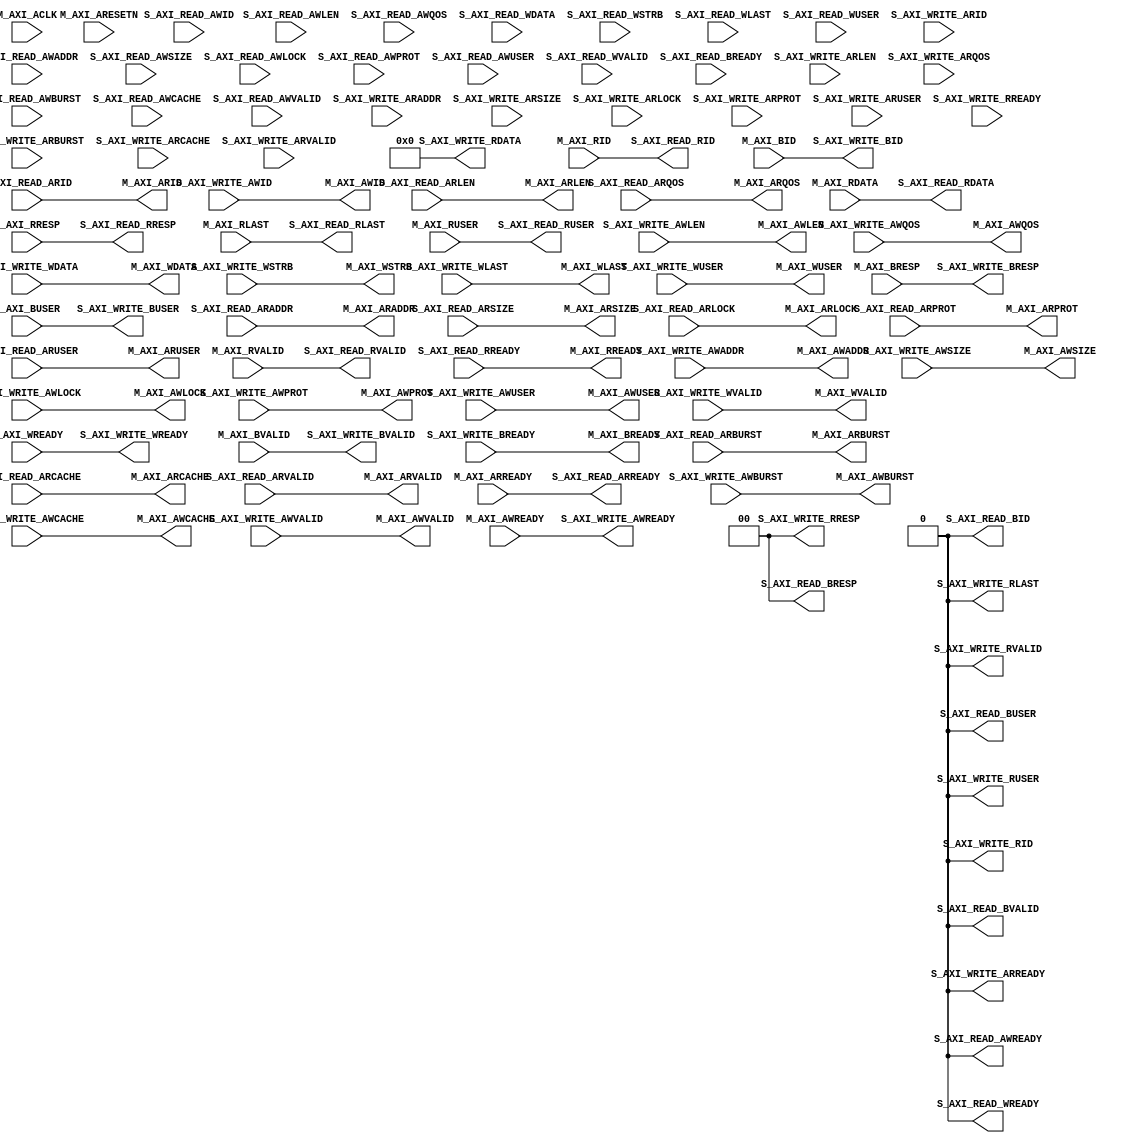
/*
 * StreamIF - AXI4 Memory Mapped to AXI4 Stream Interface Library
 * Copyright (C) 2017 Taner Guven <tanerguven@gmail.com>
 *
 * This library is free software; you can redistribute it and/or
 * modify it under the terms of the GNU Lesser General Public
 * License as published by the Free Software Foundation; either
 * version 2.1 of the License, or (at your option) any later version.
 *
 * This library is distributed in the hope that it will be useful,
 * but WITHOUT ANY WARRANTY; without even the implied warranty of
 * MERCHANTABILITY or FITNESS FOR A PARTICULAR PURPOSE.  See the GNU
 * Lesser General Public License for more details.
 *
 * You should have received a copy of GNU Lesser General Public License
 * along with this library. If not, see <http://www.gnu.org/licenses/>.
 */
module axi4_read_write_merge #
  (
   parameter  C_M_TARGET_SLAVE_BASE_ADDR = 32'h00000000,
   // Burst Length. Supports 4, 8, 16, 32, 64, 128, 256 burst lengths
   parameter integer C_M_AXI_BURST_LEN = 4,
   parameter integer C_M_AXI_ID_WIDTH = 1,
   parameter integer C_M_AXI_ADDR_WIDTH = 32,
   parameter integer C_M_AXI_DATA_WIDTH = 32,
   parameter integer C_M_AXI_AWUSER_WIDTH = 1,
   parameter integer C_M_AXI_ARUSER_WIDTH = 1,
   parameter integer C_M_AXI_WUSER_WIDTH = 1,
   parameter integer C_M_AXI_RUSER_WIDTH = 1,
   parameter integer C_M_AXI_BUSER_WIDTH = 1
   )
  (

   // output wire         S_AXI_READ_ACLK,
   // output wire         S_AXI_READ_ARESETN,
   input wire [C_M_AXI_ID_WIDTH-1 : 0]      S_AXI_READ_AWID,
   input wire [C_M_AXI_ADDR_WIDTH-1 : 0]    S_AXI_READ_AWADDR,
   input wire [7 : 0]                       S_AXI_READ_AWLEN,
   input wire [2 : 0]                       S_AXI_READ_AWSIZE,
   input wire [1 : 0]                       S_AXI_READ_AWBURST,
   input wire                               S_AXI_READ_AWLOCK,
   input wire [3 : 0]                       S_AXI_READ_AWCACHE,
   input wire [2 : 0]                       S_AXI_READ_AWPROT,
   input wire [3 : 0]                       S_AXI_READ_AWQOS,
   input wire [C_M_AXI_AWUSER_WIDTH-1 : 0]  S_AXI_READ_AWUSER,
   input wire                               S_AXI_READ_AWVALID,
   output wire                              S_AXI_READ_AWREADY,
   input wire [C_M_AXI_DATA_WIDTH-1 : 0]    S_AXI_READ_WDATA,
   input wire [C_M_AXI_DATA_WIDTH/8-1 : 0]  S_AXI_READ_WSTRB,
   input wire                               S_AXI_READ_WLAST,
   input wire [C_M_AXI_WUSER_WIDTH-1 : 0]   S_AXI_READ_WUSER,
   input wire                               S_AXI_READ_WVALID,
   output wire                              S_AXI_READ_WREADY,
   output wire [C_M_AXI_ID_WIDTH-1 : 0]     S_AXI_READ_BID,
   output wire [1 : 0]                      S_AXI_READ_BRESP,
   output wire [C_M_AXI_BUSER_WIDTH-1 : 0]  S_AXI_READ_BUSER,
   output wire                              S_AXI_READ_BVALID,
   input wire                               S_AXI_READ_BREADY,
   input wire [C_M_AXI_ID_WIDTH-1 : 0]      S_AXI_READ_ARID,
   input wire [C_M_AXI_ADDR_WIDTH-1 : 0]    S_AXI_READ_ARADDR,
   input wire [7 : 0]                       S_AXI_READ_ARLEN,
   input wire [2 : 0]                       S_AXI_READ_ARSIZE,
   input wire [1 : 0]                       S_AXI_READ_ARBURST,
   input wire                               S_AXI_READ_ARLOCK,
   input wire [3 : 0]                       S_AXI_READ_ARCACHE,
   input wire [2 : 0]                       S_AXI_READ_ARPROT,
   input wire [3 : 0]                       S_AXI_READ_ARQOS,
   input wire [C_M_AXI_ARUSER_WIDTH-1 : 0]  S_AXI_READ_ARUSER,
   input wire                               S_AXI_READ_ARVALID,
   output wire                              S_AXI_READ_ARREADY,
   output wire [C_M_AXI_ID_WIDTH-1 : 0]     S_AXI_READ_RID,
   output wire [C_M_AXI_DATA_WIDTH-1 : 0]   S_AXI_READ_RDATA,
   output wire [1 : 0]                      S_AXI_READ_RRESP,
   output wire                              S_AXI_READ_RLAST,
   output wire [C_M_AXI_RUSER_WIDTH-1 : 0]  S_AXI_READ_RUSER,
   output wire                              S_AXI_READ_RVALID,
   input wire                               S_AXI_READ_RREADY,

   /* */
   // output wire         S_AXI_WRITE_ACLK,
   // output wire         S_AXI_WRITE_ARESETN,
   input wire [C_M_AXI_ID_WIDTH-1 : 0]      S_AXI_WRITE_AWID,
   input wire [C_M_AXI_ADDR_WIDTH-1 : 0]    S_AXI_WRITE_AWADDR,
   input wire [7 : 0]                       S_AXI_WRITE_AWLEN,
   input wire [2 : 0]                       S_AXI_WRITE_AWSIZE,
   input wire [1 : 0]                       S_AXI_WRITE_AWBURST,
   input wire                               S_AXI_WRITE_AWLOCK,
   input wire [3 : 0]                       S_AXI_WRITE_AWCACHE,
   input wire [2 : 0]                       S_AXI_WRITE_AWPROT,
   input wire [3 : 0]                       S_AXI_WRITE_AWQOS,
   input wire [C_M_AXI_AWUSER_WIDTH-1 : 0]  S_AXI_WRITE_AWUSER,
   input wire                               S_AXI_WRITE_AWVALID,
   output wire                              S_AXI_WRITE_AWREADY,
   input wire [C_M_AXI_DATA_WIDTH-1 : 0]    S_AXI_WRITE_WDATA,
   input wire [C_M_AXI_DATA_WIDTH/8-1 : 0]  S_AXI_WRITE_WSTRB,
   input wire                               S_AXI_WRITE_WLAST,
   input wire [C_M_AXI_WUSER_WIDTH-1 : 0]   S_AXI_WRITE_WUSER,
   input wire                               S_AXI_WRITE_WVALID,
   output wire                              S_AXI_WRITE_WREADY,
   output wire [C_M_AXI_ID_WIDTH-1 : 0]     S_AXI_WRITE_BID,
   output wire [1 : 0]                      S_AXI_WRITE_BRESP,
   output wire [C_M_AXI_BUSER_WIDTH-1 : 0]  S_AXI_WRITE_BUSER,
   output wire                              S_AXI_WRITE_BVALID,
   input wire                               S_AXI_WRITE_BREADY,
   input wire [C_M_AXI_ID_WIDTH-1 : 0]      S_AXI_WRITE_ARID,
   input wire [C_M_AXI_ADDR_WIDTH-1 : 0]    S_AXI_WRITE_ARADDR,
   input wire [7 : 0]                       S_AXI_WRITE_ARLEN,
   input wire [2 : 0]                       S_AXI_WRITE_ARSIZE,
   input wire [1 : 0]                       S_AXI_WRITE_ARBURST,
   input wire                               S_AXI_WRITE_ARLOCK,
   input wire [3 : 0]                       S_AXI_WRITE_ARCACHE,
   input wire [2 : 0]                       S_AXI_WRITE_ARPROT,
   input wire [3 : 0]                       S_AXI_WRITE_ARQOS,
   input wire [C_M_AXI_ARUSER_WIDTH-1 : 0]  S_AXI_WRITE_ARUSER,
   input wire                               S_AXI_WRITE_ARVALID,
   output wire                              S_AXI_WRITE_ARREADY,
   output wire [C_M_AXI_ID_WIDTH-1 : 0]     S_AXI_WRITE_RID,
   output wire [C_M_AXI_DATA_WIDTH-1 : 0]   S_AXI_WRITE_RDATA,
   output wire [1 : 0]                      S_AXI_WRITE_RRESP,
   output wire                              S_AXI_WRITE_RLAST,
   output wire [C_M_AXI_RUSER_WIDTH-1 : 0]  S_AXI_WRITE_RUSER,
   output wire                              S_AXI_WRITE_RVALID,
   input wire                               S_AXI_WRITE_RREADY,

   /* */
   input wire                               M_AXI_ACLK,
   input wire                               M_AXI_ARESETN,
   output wire [C_M_AXI_ID_WIDTH-1 : 0]     M_AXI_AWID,
   output wire [C_M_AXI_ADDR_WIDTH-1 : 0]   M_AXI_AWADDR,
   output wire [7 : 0]                      M_AXI_AWLEN,
   output wire [2 : 0]                      M_AXI_AWSIZE,
   output wire [1 : 0]                      M_AXI_AWBURST,
   output wire                              M_AXI_AWLOCK,
   output wire [3 : 0]                      M_AXI_AWCACHE,
   output wire [2 : 0]                      M_AXI_AWPROT,
   output wire [3 : 0]                      M_AXI_AWQOS,
   output wire [C_M_AXI_AWUSER_WIDTH-1 : 0] M_AXI_AWUSER,
   output wire                              M_AXI_AWVALID,
   input wire                               M_AXI_AWREADY,
   output wire [C_M_AXI_DATA_WIDTH-1 : 0]   M_AXI_WDATA,
   output wire [C_M_AXI_DATA_WIDTH/8-1 : 0] M_AXI_WSTRB,
   output wire                              M_AXI_WLAST,
   output wire [C_M_AXI_WUSER_WIDTH-1 : 0]  M_AXI_WUSER,
   output wire                              M_AXI_WVALID,
   input wire                               M_AXI_WREADY,
   input wire [C_M_AXI_ID_WIDTH-1 : 0]      M_AXI_BID,
   input wire [1 : 0]                       M_AXI_BRESP,
   input wire [C_M_AXI_BUSER_WIDTH-1 : 0]   M_AXI_BUSER,
   input wire                               M_AXI_BVALID,
   output wire                              M_AXI_BREADY,
   output wire [C_M_AXI_ID_WIDTH-1 : 0]     M_AXI_ARID,
   output wire [C_M_AXI_ADDR_WIDTH-1 : 0]   M_AXI_ARADDR,
   output wire [7 : 0]                      M_AXI_ARLEN,
   output wire [2 : 0]                      M_AXI_ARSIZE,
   output wire [1 : 0]                      M_AXI_ARBURST,
   output wire                              M_AXI_ARLOCK,
   output wire [3 : 0]                      M_AXI_ARCACHE,
   output wire [2 : 0]                      M_AXI_ARPROT,
   output wire [3 : 0]                      M_AXI_ARQOS,
   output wire [C_M_AXI_ARUSER_WIDTH-1 : 0] M_AXI_ARUSER,
   output wire                              M_AXI_ARVALID,
   input wire                               M_AXI_ARREADY,
   input wire [C_M_AXI_ID_WIDTH-1 : 0]      M_AXI_RID,
   input wire [C_M_AXI_DATA_WIDTH-1 : 0]    M_AXI_RDATA,
   input wire [1 : 0]                       M_AXI_RRESP,
   input wire                               M_AXI_RLAST,
   input wire [C_M_AXI_RUSER_WIDTH-1 : 0]   M_AXI_RUSER,
   input wire                               M_AXI_RVALID,
   output wire                              M_AXI_RREADY
   );

  // assign S_AXI_READ_ACLK = M_AXI_ACLK;
  // assign S_AXI_READ_ARESETN = M_AXI_ARESETN;

  // assign S_AXI_WRITE_ACLK = M_AXI_ACLK;
  // assign S_AXI_WRITE_ARESETN = M_AXI_ARESETN;

  // S_AXI_WRITE write channel
  assign M_AXI_AWID = S_AXI_WRITE_AWID;
  assign M_AXI_AWADDR = S_AXI_WRITE_AWADDR;
  assign M_AXI_AWLEN = S_AXI_WRITE_AWLEN;
  assign M_AXI_AWSIZE = S_AXI_WRITE_AWSIZE;
  assign M_AXI_AWBURST = S_AXI_WRITE_AWBURST;
  assign M_AXI_AWLOCK = S_AXI_WRITE_AWLOCK;
  assign M_AXI_AWCACHE = S_AXI_WRITE_AWCACHE;
  assign M_AXI_AWPROT = S_AXI_WRITE_AWPROT;
  assign M_AXI_AWQOS = S_AXI_WRITE_AWQOS;
  assign M_AXI_AWUSER = S_AXI_WRITE_AWUSER;
  assign M_AXI_AWVALID = S_AXI_WRITE_AWVALID;
  assign S_AXI_WRITE_AWREADY = M_AXI_AWREADY;
  assign M_AXI_WDATA = S_AXI_WRITE_WDATA;
  assign M_AXI_WSTRB = S_AXI_WRITE_WSTRB;
  assign M_AXI_WLAST = S_AXI_WRITE_WLAST;
  assign M_AXI_WUSER = S_AXI_WRITE_WUSER;
  assign M_AXI_WVALID = S_AXI_WRITE_WVALID;
  assign S_AXI_WRITE_WREADY = M_AXI_WREADY;
  assign S_AXI_WRITE_BID = M_AXI_BID;
  assign S_AXI_WRITE_BRESP = M_AXI_BRESP;
  assign S_AXI_WRITE_BUSER = M_AXI_BUSER;
  assign S_AXI_WRITE_BVALID = M_AXI_BVALID;
  assign M_AXI_BREADY = S_AXI_WRITE_BREADY;

  // S_AXI_WRITE read channel
  assign S_AXI_WRITE_ARREADY = 0;
  assign S_AXI_WRITE_RID = 0;
  assign S_AXI_WRITE_RDATA = 0;
  assign S_AXI_WRITE_RRESP = 0;
  assign S_AXI_WRITE_RLAST = 0;
  assign S_AXI_WRITE_RUSER = 0;
  assign S_AXI_WRITE_RVALID = 0;

  // S_AXI_READ write channel
  assign S_AXI_READ_AWREADY = 0;
  assign S_AXI_READ_WREADY = 0;
  assign S_AXI_READ_BID = 0;
  assign S_AXI_READ_BRESP = 0;
  assign S_AXI_READ_BUSER = 0;
  assign S_AXI_READ_BVALID = 0;

  // S_AXI_READ read channel
  assign M_AXI_ARID = S_AXI_READ_ARID;
  assign M_AXI_ARADDR = S_AXI_READ_ARADDR;
  assign M_AXI_ARLEN = S_AXI_READ_ARLEN;
  assign M_AXI_ARSIZE = S_AXI_READ_ARSIZE;
  assign M_AXI_ARBURST = S_AXI_READ_ARBURST;
  assign M_AXI_ARLOCK = S_AXI_READ_ARLOCK;
  assign M_AXI_ARCACHE = S_AXI_READ_ARCACHE;
  assign M_AXI_ARPROT = S_AXI_READ_ARPROT;
  assign M_AXI_ARQOS = S_AXI_READ_ARQOS;
  assign M_AXI_ARUSER = S_AXI_READ_ARUSER;
  assign M_AXI_ARVALID = S_AXI_READ_ARVALID;
  assign S_AXI_READ_ARREADY = M_AXI_ARREADY;
  assign S_AXI_READ_RID = M_AXI_RID;
  assign S_AXI_READ_RDATA = M_AXI_RDATA;
  assign S_AXI_READ_RRESP = M_AXI_RRESP;
  assign S_AXI_READ_RLAST = M_AXI_RLAST;
  assign S_AXI_READ_RUSER = M_AXI_RUSER;
  assign S_AXI_READ_RVALID = M_AXI_RVALID;
  assign M_AXI_RREADY = S_AXI_READ_RREADY;



endmodule